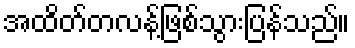
အထိတ်တလန့်ဖြစ်သွားပြန်သည်။